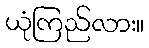
ယုံကြည်လား။